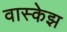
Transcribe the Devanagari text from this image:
वास्केझ